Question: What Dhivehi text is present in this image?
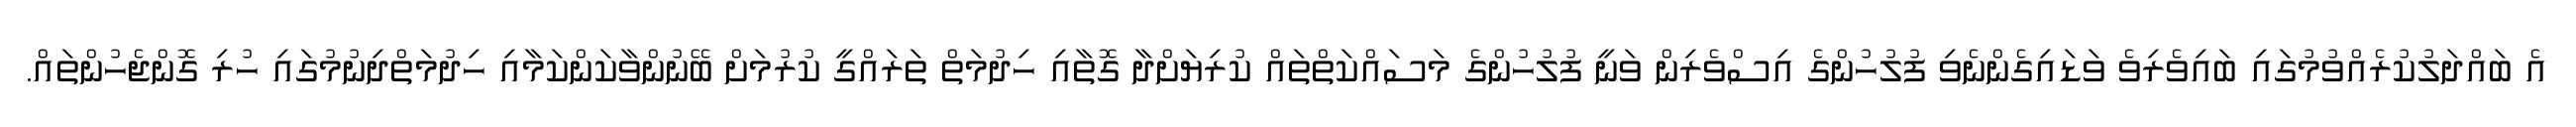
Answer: އެ ބައްދަލުކުރެއްވުމުގައި ބައިވެރިވެ ވަޑައިގެންނެވި ފުލުހުންގެ އިސްވެރިން ވަނީ ފުލުހުންގެ މަސައްކަތްތައް ކުރިޔަށްދާ ގޮތާއި ހިދުމަތް ތަރައްގީ ކުރުމަށް ބޭނުންވާކަންކަމާއި ހިދުމަތްދިނުމުގައި ހުރި ގޮންޖެހުންތައް.